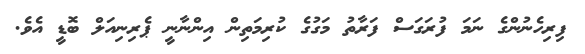
ފިރިހެނުންގެ ނަމަ ފުރަގަސް ފަރާތު މަގުގެ ކުރިމަތިން އިންނާނީ ޕެރިނިއަލް ބޮޑީ އެވެ.